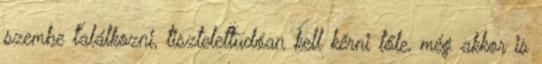
szembe találkozni, tisztelettudóan kell kérni tőle, még akkor is